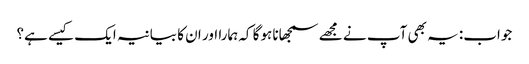
جواب: یہ بھی آپ نے مجھے سمجھانا ہوگا کہ ہمارا اور ان کا بیانیہ ایک کیسے ہے؟